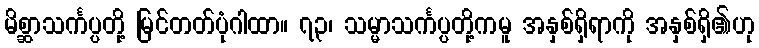
မိစ္ဆာသင်္ကပ္ပတို့ မြင်တတ်ပုံဂါထာ။ ၇၃၊ သမ္မာသင်္ကပ္ပတို့ကမူ အနှစ်ရှိရာကို အနှစ်ရှိ၏ဟု